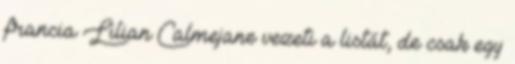
francia Lilian Calmejane vezeti a listát, de csak egy